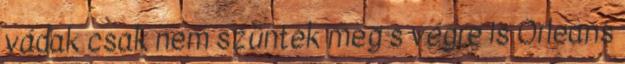
vádak csak nem szüntek meg s végre is Orleans